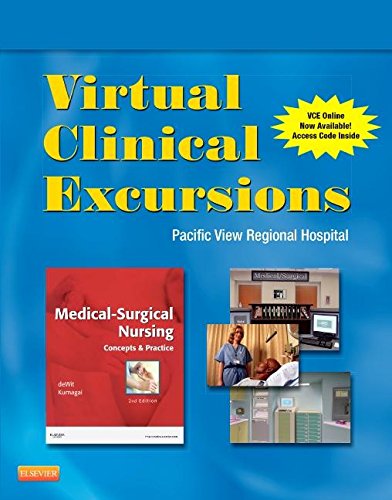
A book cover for Virtual Clinical Excursions 3.0 for Medical-Surgical Nursing: Concepts and Practice, 2e; Susan C. deWit MSN  RN  CNS  PHN; Medical Books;